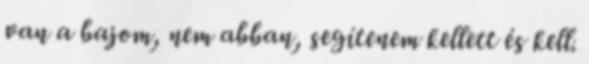
van a bajom, nem abban, segítenem kellett és kell.